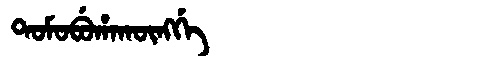
Manchu: ᡨᠣᠮᠣᠪᡠᡥᠠᡴᡡᠩᡤᡝ
Romanization: TOMOBUHAKŪNGGE